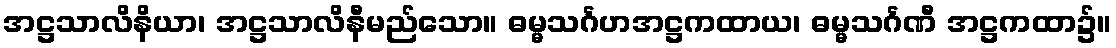
အဋ္ဌသာလိနိယာ၊ အဋ္ဌသာလိနီမည်သော။ ဓမ္မသင်္ဂဟအဋ္ဌကထာယ၊ ဓမ္မသင်္ဂဏီ အဋ္ဌကထာ၌။